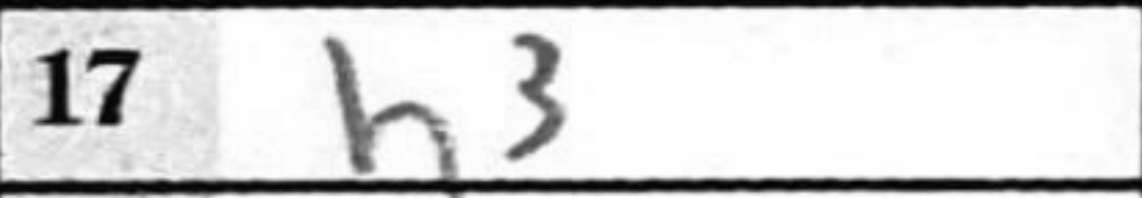
Transcription: h3